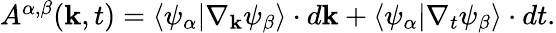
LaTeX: \begin{array}{r}{A^{\alpha,\beta}({\mathbf k},t)=\langle\psi_{\alpha}|\nabla_{\mathbf k}\psi_{\beta}\rangle\cdot d{\mathbf k}+\langle\psi_{\alpha}|\nabla_{t}\psi_{\beta}\rangle\cdot dt.}\end{array}